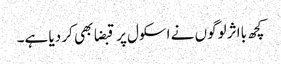
کچھ بااثر لوگوں نے اسکول پر قبضا بھی کر دیا ہے۔